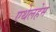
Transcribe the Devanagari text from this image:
एथेलहेम